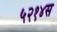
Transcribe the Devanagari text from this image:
५२१४स